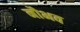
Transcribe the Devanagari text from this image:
नौभव